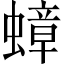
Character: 蟑